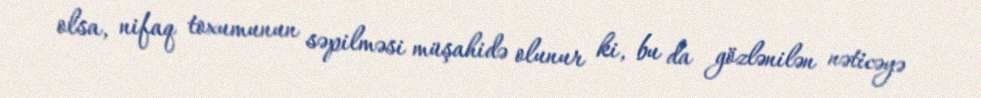
olsa, nifaq toxumunun səpilməsi müşahidə olunur ki, bu da gözlənilən nəticəyə